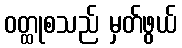
ဝတ္ထုစသည် မှတ်ဖွယ်